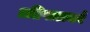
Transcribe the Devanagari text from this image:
प्रतिपालकों